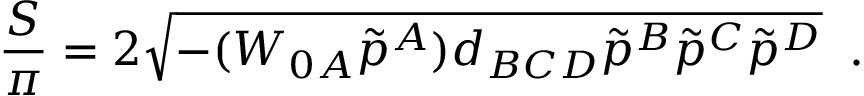
{ \frac { \cal S } { \pi } } = 2 \sqrt { - ( W _ { 0 A } \tilde { p } ^ { A } ) d _ { B C D } \tilde { p } ^ { B } \tilde { p } ^ { C } \tilde { p } ^ { D } } \; \; .